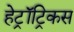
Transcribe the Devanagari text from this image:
हेट्रॉट्रिकस